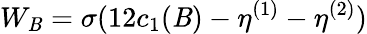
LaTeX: W_{\mathit{B}}=\sigma(12c_{1}(\mathit{B})-\eta^{(1)}-\eta^{(2)})